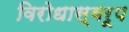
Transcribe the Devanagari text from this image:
विरोधास्वरूप